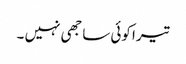
تیرا کوئی ساجھی نہیں ۔